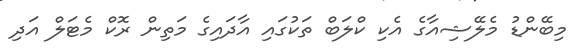
މިބޭންޑު މެލޭޝިއާގެ އެކި ކްލަބް ތަކުގައި އާދައިގެ މަތިން ރޮކް މެޓަލް އަދި